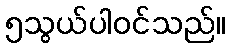
၅သွယ်ပါဝင်သည်။